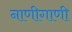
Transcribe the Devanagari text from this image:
नाणीगाणी